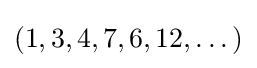
(1,3,4,7,6,12,\dots )